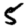
Digit: 5